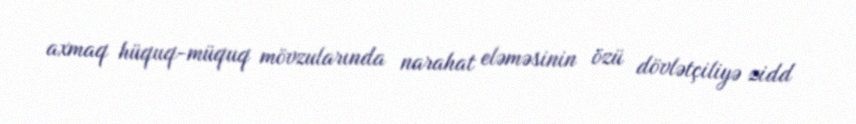
axmaq hüquq-müquq mövzularında narahat eləməsinin özü dövlətçiliyə zidd